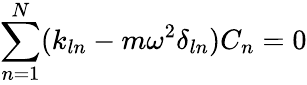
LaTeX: \sum_{n=1}^{N}(k_{ln}-m\omega^{2}\delta_{ln})C_{n}=0